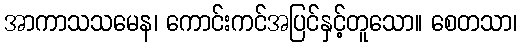
အာကာသသမေန၊ ကောင်းကင်အပြင်နှင့်တူသော။ စေတသာ၊